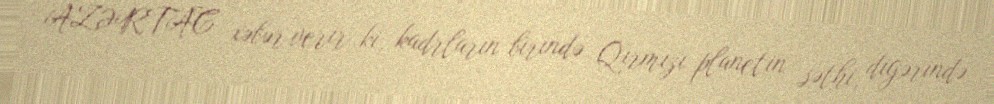
AZƏRTAC xəbər verir ki, kadrların birində Qırmızı planetin səthi, digərində